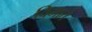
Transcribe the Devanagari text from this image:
विमाते